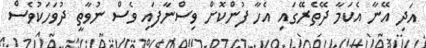
އަދި އޭނާ އެކަމާ ދޭތެރޭގައި އެހާ ފުންކޮށް ވިސްނާފައި ވެސް ނުވާތީ ދުވަހަކުވެސް